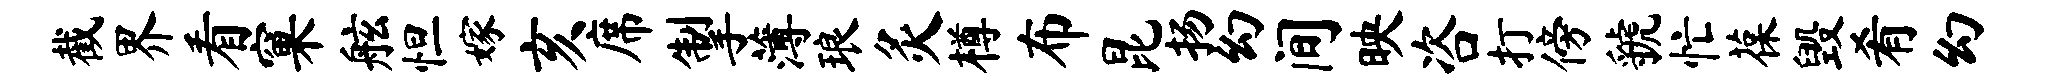
截界看窠舷怛嫁亥席掣薄琅灸樽布昆扬幻间映咨打傍虢忙葆毁肴幻